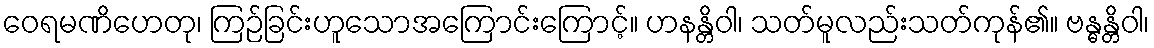
ဝေရမဏိဟေတု၊ ကြဉ်ခြင်းဟူသောအကြောင်းကြောင့်။ ဟနန္တိဝါ၊ သတ်မူလည်းသတ်ကုန်၏။ ဗန္ဓန္တိဝါ၊